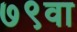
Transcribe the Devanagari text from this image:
७९वा